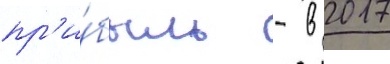
пр'и́быль - в 2017